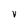
Character: v